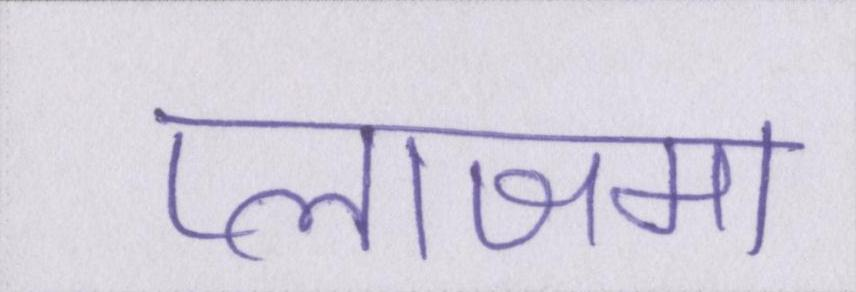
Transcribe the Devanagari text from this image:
प्लाजमा